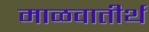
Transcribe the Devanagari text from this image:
माळवातीर्थ